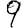
Digit: 9